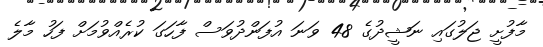
މާފުށީ ޖަލުގައި ނަޝީދުގެ 48 ވަނަ އުފަންދުވަސް ފާހަގަ ކުރެއްވުމަށް ފަހު މާލެ